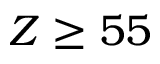
Z \ge 5 5